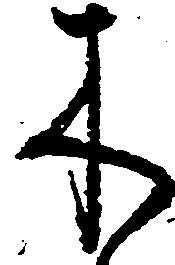
木